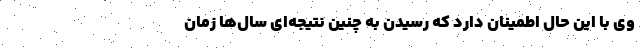
وی با این حال اطمینان دارد که رسیدن به چنین نتیجه‌ای سال‌ها زمان